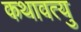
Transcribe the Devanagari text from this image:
कथावत्यु